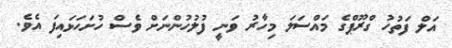
އަލް ފަތުހު ގްރޫޕްގެ މައްސަލަ މިހާރު ވަނީ ފުލުހުންނަށް ވެސް ހުށަހަޅައިފަ އެވެ.